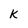
Character: k